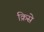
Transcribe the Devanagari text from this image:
क्रिसे